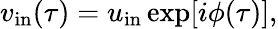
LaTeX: \begin{array}{r}{v_{\mathrm{in}}(\tau)=u_{\mathrm{in}}\exp[i\phi(\tau)],}\end{array}